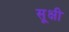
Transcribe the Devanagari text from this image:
सूक्षी